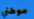
موطني